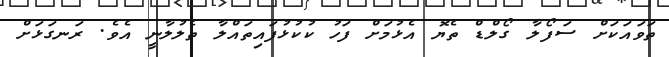
ތަވައަކަށް ސަފޯލާ ގޯލްޑް ތެޔޮ އެޅުމަށް ފަހު ކުކުޅުފައިތައްލާ ތެލުލާނީ އެވެ. ރަނގަޅަށް